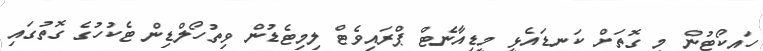
ހައިކޯޓުން މި ގޮތަށް ކަނޑައެޅީ މީޑިއާނެޓް ޕްރައިވެޓް ލިމިޓެޑުން ވިތުހޯލްޑިން ޓެކުހުގެ ގޮތުގައި